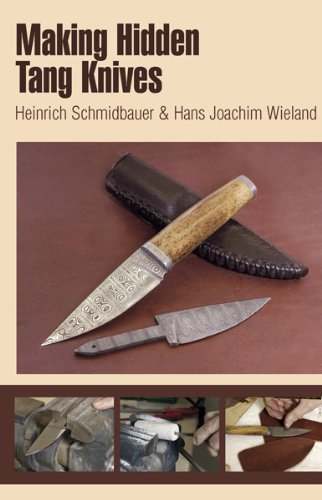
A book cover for Making Hidden Tang Knives; Heinrich Schmidbauer; Crafts, Hobbies & Home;